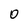
Character: O